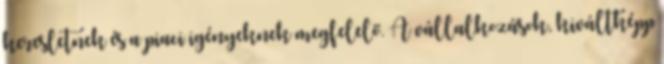
keresletnek és a piaci igényeknek megfelelő. A vállalkozások, kiváltképp